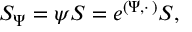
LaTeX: S _ { \Psi } = \psi S = e ^ { ( \Psi , \cdot \, ) } S ,